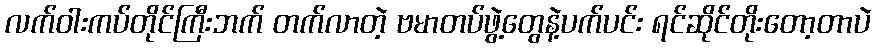
လက်ဝါးကပ်တိုင်ကြီးဘက် တက်လာတဲ့ ဗမာတပ်ဖွဲ့တွေနဲ့ပက်ပင်း ရင်ဆိုင်တိုးတော့တာပဲ